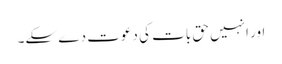
اور انہیں حق بات کی دعوت دے سکے۔